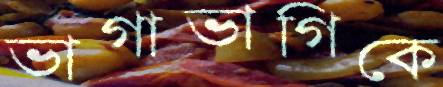
ভাগাভাগিকে